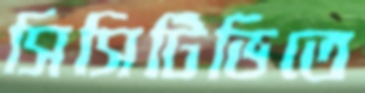
সিসিটিভিতে